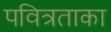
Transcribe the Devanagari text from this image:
पवित्रताका